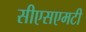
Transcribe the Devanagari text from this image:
सीएसएमटी